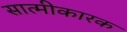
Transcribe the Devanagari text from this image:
सात्मीकारक